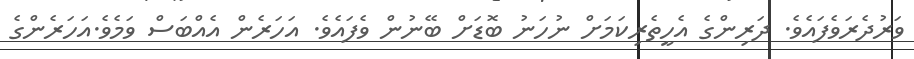
ވަރުދެރަވެފައެވެ. ދަރިންގެ އެހީތެރިކަމަށް ނުހަނު ބޮޑަށް ބޭނުން ވެފައެވެ. އަހަރެން އެއްބަސް ވަމެވެ.އަހަރެންގެ